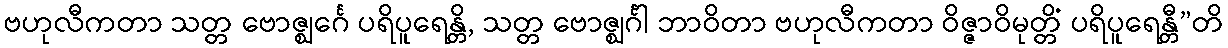
ဗဟုလီကတာ သတ္တ ဗောဇ္ဈင်္ဂေ ပရိပူရေန္တိ, သတ္တ ဗောဇ္ဈင်္ဂါ ဘာဝိတာ ဗဟုလီကတာ ဝိဇ္ဇာဝိမုတ္တိံ ပရိပူရေန္တီ”တိ